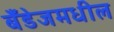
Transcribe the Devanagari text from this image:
बँडेजमधील